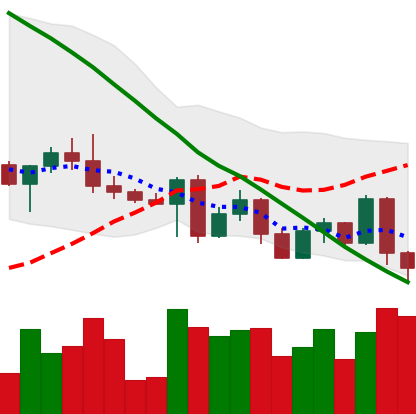
Ticker: ETH-USD
Chart end date: 2022-05-06
Forward return: -23.112%
Label: down_7plus